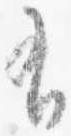
有